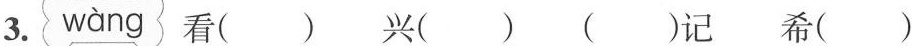
3. wàng 看（）兴（）（）记希（）